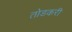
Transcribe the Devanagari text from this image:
तोडकरी